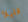
قليلآ